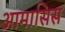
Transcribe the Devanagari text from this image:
आमासिस